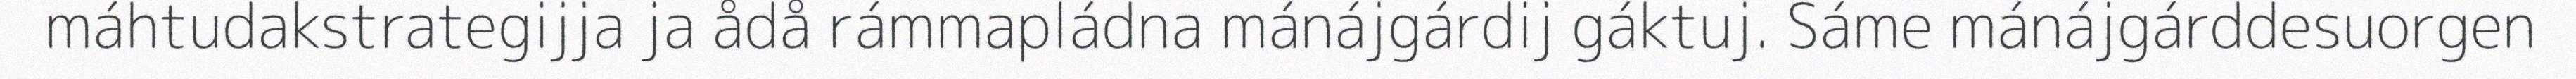
máhtudakstrategijja ja ådå rámmapládna mánájgárdij gáktuj. Sáme mánájgárddesuorgen